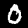
Label: 0